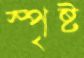
স্পৃষ্ট